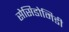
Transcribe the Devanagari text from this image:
सेसिडोमिडी